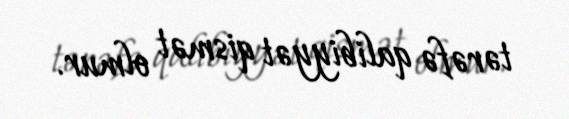
tərəfə qalibiyyət qismət olmur.